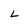
Character: L